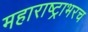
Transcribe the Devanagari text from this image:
महाराष्ट्राभरच